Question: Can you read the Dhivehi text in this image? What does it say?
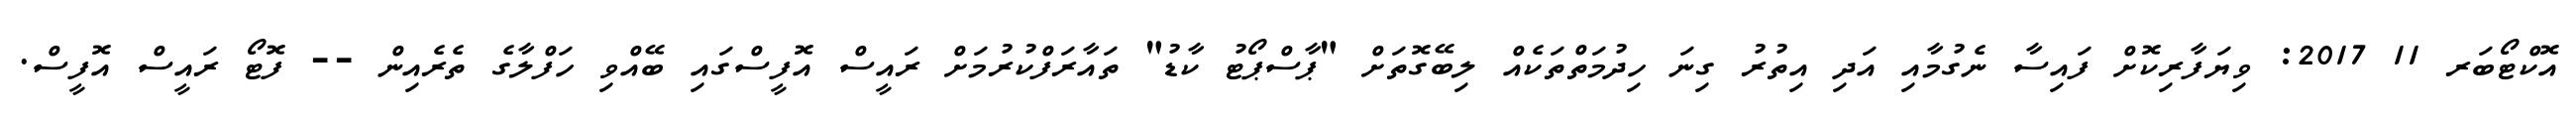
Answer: އޮކްޓޯބަރ 11 2017: ވިޔަފާރިކޮށް ފައިސާ ނެގުމާއި އަދި އިތުރު ގިނަ ހިދުމަތްތަކެއް ލިބޭގޮތަށް "ޕާސްޕޯޓު ކާޑު" ތައާރަފްކުރުމަށް ރައީސް އޮފީސްގައި ބޭއްވި ހަފްލާގެ ތެރެއިން -- ފޮޓޯ ރައީސް އޮފީސް.